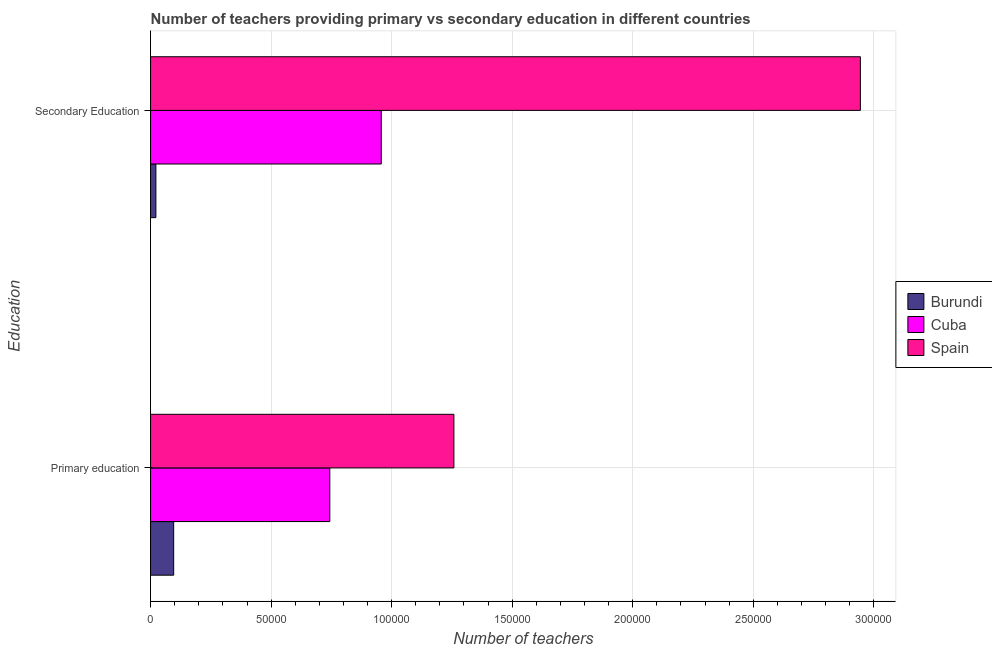
| Education | Burundi | Cuba | Spain |
 | --- | --- | --- | --- |
 | Primary education | 9.58e+03 | 7.44e+04 | 1.26e+05 |
 | Secondary Education | 2.21e+03 | 9.57e+04 | 2.94e+05 |